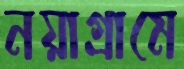
নয়াগ্রামে